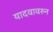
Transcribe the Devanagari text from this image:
यादवावरुन